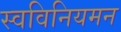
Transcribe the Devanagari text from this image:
स्वविनियमन